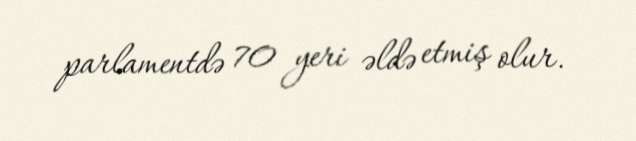
parlamentdə 70 yeri əldə etmiş olur.